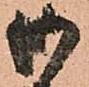
御